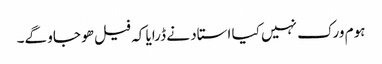
ہوم ورک نہیں کیا استاد نے ڈرایا کہ فیل ھو جاو گے۔